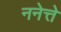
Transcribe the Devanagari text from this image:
ननेत्ते